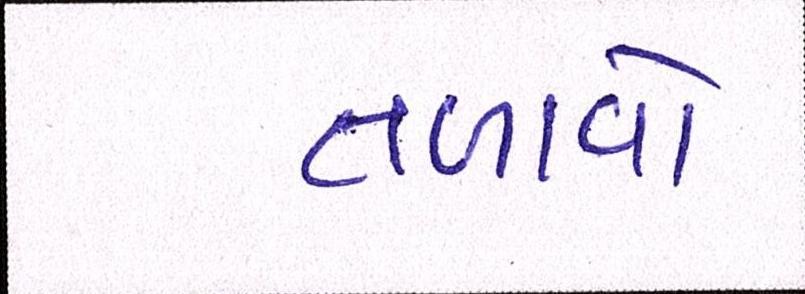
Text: તળાવો